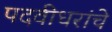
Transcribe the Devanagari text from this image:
पदवीधरांचे